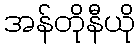
အန်တိုနီယို